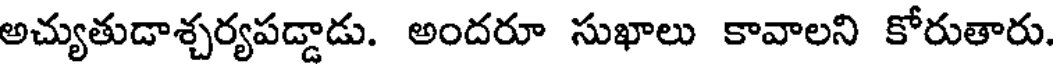
అచ్యుతుడాశ్చర్యపడ్డాడు. అందరూ సుఖాలు కావాలని కోరుతారు.